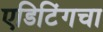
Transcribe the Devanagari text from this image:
एडिटिंगचा